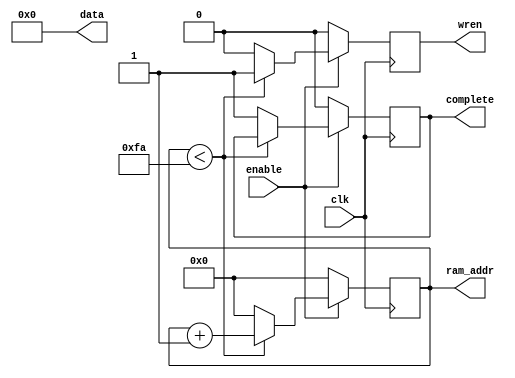
module clear_ram
	(
		input enable,
		input clk,
		output reg [7:0] ram_addr,
		output reg wren,
		output [5:0] data,
		output reg complete
	);

	 assign data = 6'b000000;

	always @(posedge clk) begin
		if (~enable) begin
				ram_addr <= 7'd0;
			wren <= 1'b0;
			complete <= 1'b0;
		end
		else begin
			if (ram_addr < 8'd250) begin
				wren <= 1'b1;
				ram_addr <= ram_addr + 1'd1;
			end
			else begin
				ram_addr <= 7'd0;
				wren <= 1'b0;
				complete <= 1'b1;
			end
		end
	end
endmodule